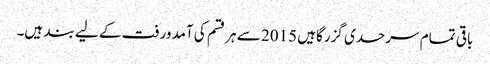
باقی تمام سرحدی گزرگاہیں 2015 سے ہر قسم کی آمدورفت کے لیے بند ہیں۔